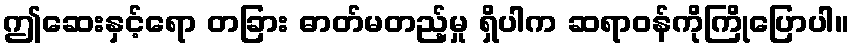
ဤဆေးနှင့်ရော တခြား ဓာတ်မတည့်မှု ရှိပါက ဆရာဝန်ကိုကြိုပြောပါ။